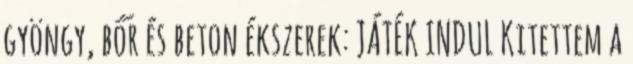
gyöngy, bőr és beton ékszerek: JÁTÉK INDUL Kitettem a